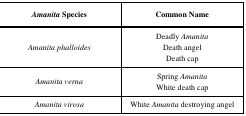
| Amanita Species | Common Name |
 | --- | --- |
 | Amanita phalloides | Deadly AmanitaDeath angelDeath cap |
 | Amanita verna | Spring AmanitaWhite death cap |
 | Amanita virosa | White Amanita destroying angel |